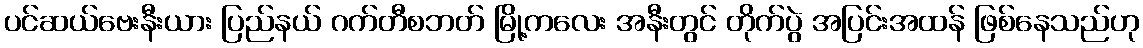
ပင်ဆယ်ဗေးနီးယား ပြည်နယ် ဂက်တီစဘတ် မြို့ကလေး အနီးတွင် တိုက်ပွဲ အပြင်းအထန် ဖြစ်နေသည်ဟု